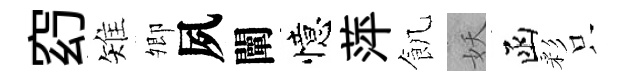
𥥆雉𡖖夙闡憶萍飢妖函彩只